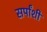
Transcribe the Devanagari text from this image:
सर्पांशी